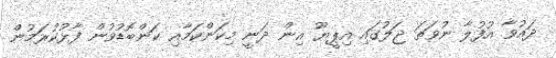
ދައުވާ އުފުލާ ނުވަތަ ޖަލުގައި އިޕީޔޫ އިން ދަނީ މިކަންކަމާއި ކަންބޮޑުވުން ފާޅުކުރަމުން